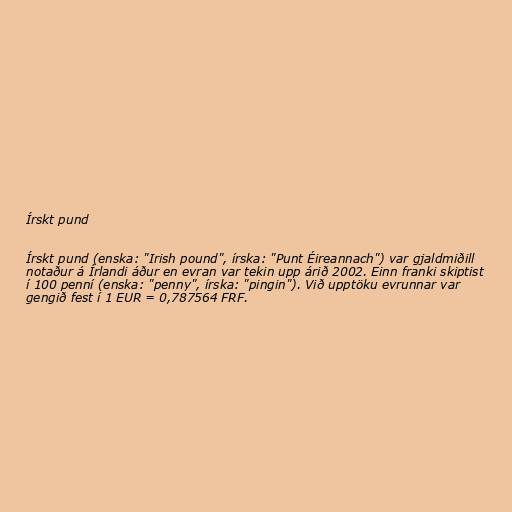
Írskt pund

Írskt pund (enska: "Irish pound", írska: "Punt Éireannach") var gjaldmiðill
notaður á Írlandi áður en evran var tekin upp árið 2002. Einn franki skiptist
í 100 penní (enska: "penny", írska: "pingin"). Við upptöku evrunnar var
gengið fest í 1 EUR = 0,787564 FRF.